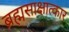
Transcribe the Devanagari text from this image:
ब्रह्मसाक्षात्कार